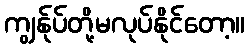
ကျွန်ုပ်တို့မလုပ်နိုင်တော့။